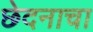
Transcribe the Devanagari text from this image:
छेदनाचा